Subject: physics
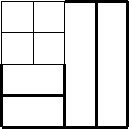
LaTeX code:
\begin{tikzpicture}[scale=.2]
  \begin{scope}

    \draw[thin, scale=2] (0, 0) grid (2, 2);

    \draw[very thick ] (0,0) -- (0,-4);
    \draw[very thick] (4,0) -- (4,-4);
    \draw[very thick] (0,-2) -- (4,-2);
    \draw[very thick] (0,-4) -- (4,-4);
    \draw[very thick] (4,-4) -- (8,-4);
    \draw[very thick] (4,4) -- (8,4);
    \draw[very thick] (6,-4) -- (6,4);
    \draw[very thick] (8,-4) -- (8,4);
  \end{scope}

\end{tikzpicture}